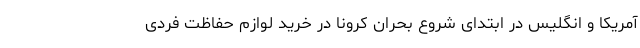
آمریکا و انگلیس در ابتدای شروع بحران کرونا در خرید لوازم حفاظت فردی